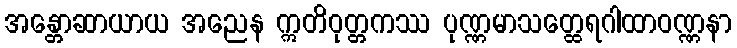
အန္တောဆာယာယ အညေန ဣတိဝုတ္တကဿ ပုဏ္ဏမာသတ္ထေရဂါထာဝဏ္ဏနာ